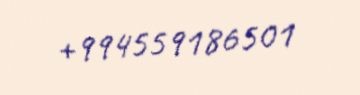
+994559186501